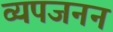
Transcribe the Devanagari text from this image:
व्‍यपजनन